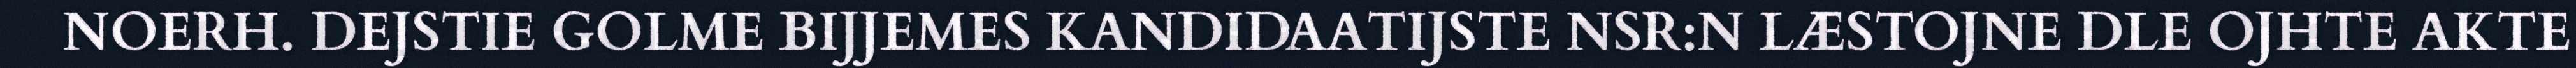
NOERH. DEJSTIE GOLME BIJJEMES KANDIDAATIJSTE NSR:N LÆSTOJNE DLE OJHTE AKTE